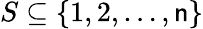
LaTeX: S\subseteq\{ 1,2,\ldots,\mathsf{n}\}